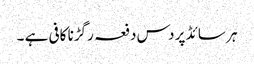
ہر سائڈ پر دس دفعہ رگڑنا کافی ہے ۔